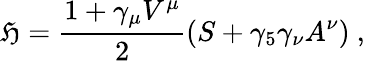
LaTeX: {\cal{\mathfrak{H}}}=\frac{{1+\gamma_{\mu}V^{\mu}}}{{2}}\left(S+\gamma_{5}\gamma_{\nu}A^{\nu}\right)\ ,